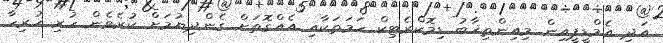
އަދި އެމްޑީޕީއިން މިއިންތިޚާބު ޑިމޮކްރެޓިކް ހަމަތަކާއި އެއްގޮތަށް ގެންދިޔުމަށް ކުރެވެން ހުރި ހުރިހާ